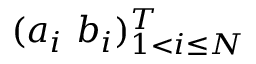
( a _ { i } \ b _ { i } ) _ { 1 < i \leq N } ^ { T }